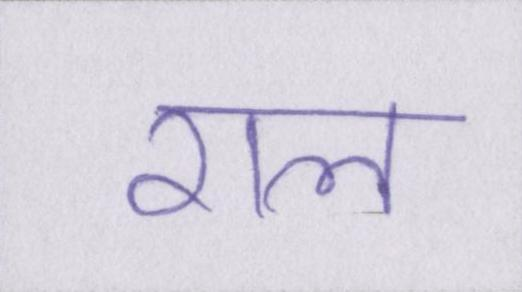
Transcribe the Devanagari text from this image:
राल